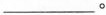
___。